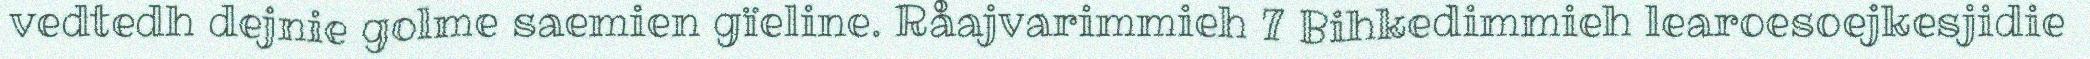
vedtedh dejnie golme saemien gïeline. Råajvarimmieh 7 Bihkedimmieh learoesoejkesjidie